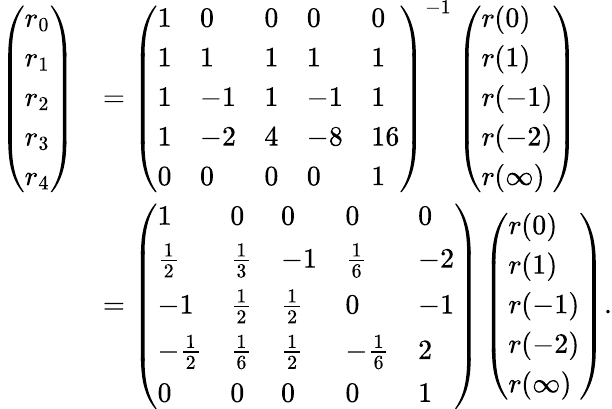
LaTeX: {\begin{array}{rl}{\left({\begin{array}{l}{r_{0}}\\ {r_{1}}\\ {r_{2}}\\ {r_{3}}\\ {r_{4}}\end{array}}\right)}&{=\left({\begin{array}{lllll}{1}&{0}&{0}&{0}&{0}\\ {1}&{1}&{1}&{1}&{1}\\ {1}&{-1}&{1}&{-1}&{1}\\ {1}&{-2}&{4}&{-8}&{16}\\ {0}&{0}&{0}&{0}&{1}\end{array}}\right)^{-1}\left({\begin{array}{l}{r(0)}\\ {r(1)}\\ {r(-1)}\\ {r(-2)}\\ {r(\infty)}\end{array}}\right)}\\ &{=\left({\begin{array}{lllll}{1}&{0}&{0}&{0}&{0}\\ {{\frac{1}{2}}}&{{\frac{1}{3}}}&{-1}&{{\frac{1}{6}}}&{-2}\\ {-1}&{{\frac{1}{2}}}&{{\frac{1}{2}}}&{0}&{-1}\\ {-{\frac{1}{2}}}&{{\frac{1}{6}}}&{{\frac{1}{2}}}&{-{\frac{1}{6}}}&{2}\\ {0}&{0}&{0}&{0}&{1}\end{array}}\right)\left({\begin{array}{l}{r(0)}\\ {r(1)}\\ {r(-1)}\\ {r(-2)}\\ {r(\infty)}\end{array}}\right).}\end{array}}